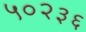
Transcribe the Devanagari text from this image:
५०२३६